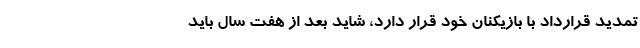
تمدید قرارداد با بازیکنان خود قرار دارد، شاید بعد از هفت سال باید